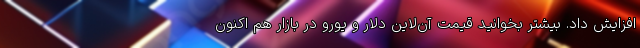
افزایش داد. بیشتر بخوانید قیمت ‌آن‌لاین دلار و یورو در بازار هم اکنون